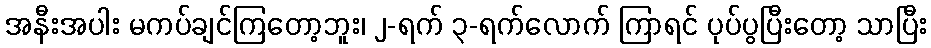
အနီးအပါး မကပ်ချင်ကြတော့ဘူး၊ ၂-ရက် ၃-ရက်လောက် ကြာရင် ပုပ်ပွပြီးတော့ သာပြီး